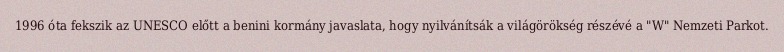
1996 óta fekszik az UNESCO előtt a benini kormány javaslata, hogy nyilvánítsák a világörökség részévé a "W" Nemzeti Parkot.